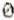
0